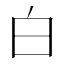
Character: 白